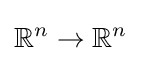
\mathbb {R} ^{n}\to \mathbb {R} ^{n}